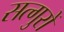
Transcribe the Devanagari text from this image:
सत्गुरों